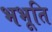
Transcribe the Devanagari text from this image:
भभूति